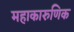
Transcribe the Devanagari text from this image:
महाकारुणिक